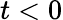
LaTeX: t<0